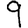
Digit: 9